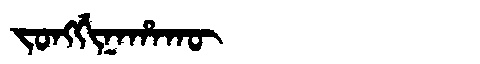
Manchu: ᠵᠣᠩᡤᡳᠨᠠᡥᠠᡴᡡ
Romanization: JONGGINAHAKŪ